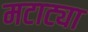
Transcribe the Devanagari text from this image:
मटाट्या